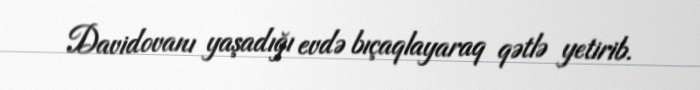
Davidovanı yaşadığı evdə bıçaqlayaraq qətlə yetirib.